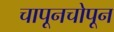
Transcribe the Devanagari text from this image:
चापूनचोपून